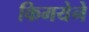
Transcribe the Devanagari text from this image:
किमयेने